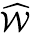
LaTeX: \widehat{\mathcal W}